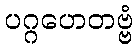
ပဂ္ဂဟေတဗ္ဗံ